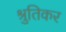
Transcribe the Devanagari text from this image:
श्रुतिकर